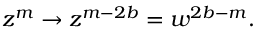
z ^ { m } \rightarrow z ^ { m - 2 b } = w ^ { 2 b - m } .